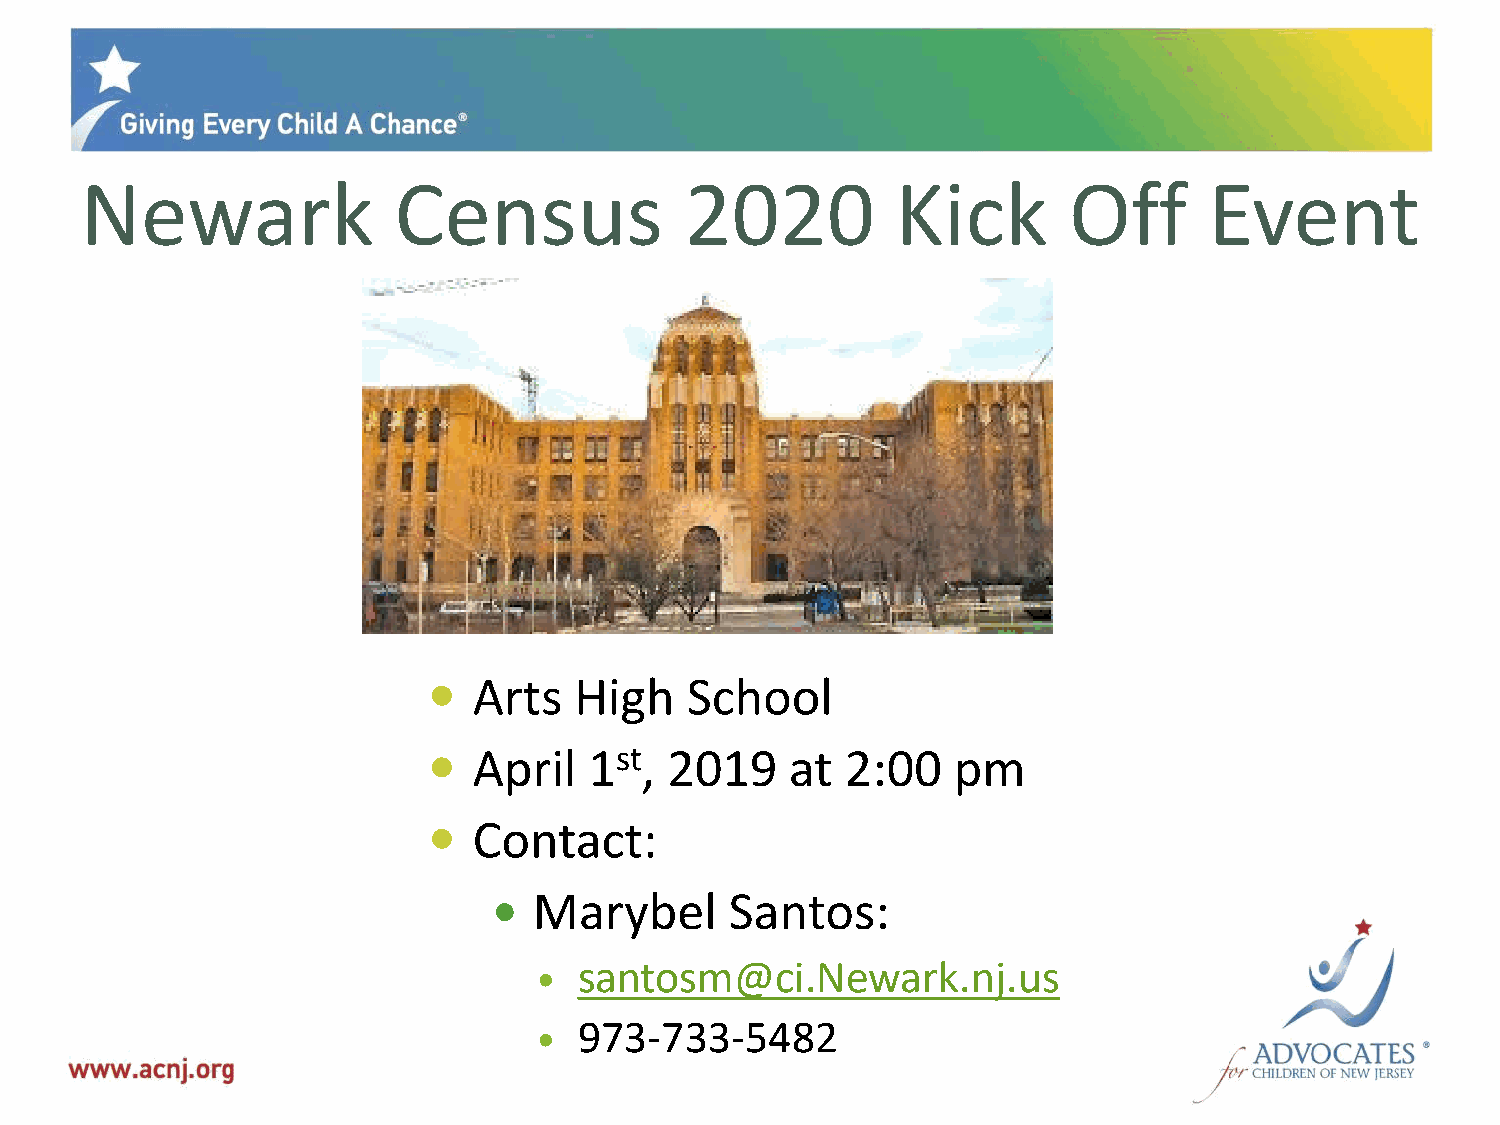
Newark               Census             2020          Kick        Off      Event
   Arts   High   School
   April   1st, 2019    at  2:00   pm
   Contact:
  Marybel      Santos:
 santosm@ci.Newark.nj.us
 
 973-733-5482
 